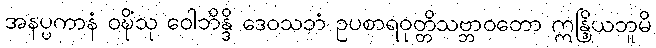
အနပ္ပကာနံ ဝဍ္ဎိံသု ဝေါဘိန္ဒိ ဒေဝသဘံ ဥပစာရဝုတ္တိသဗ္ဘာဝတော ဣန္ဒြိယဘူမိ